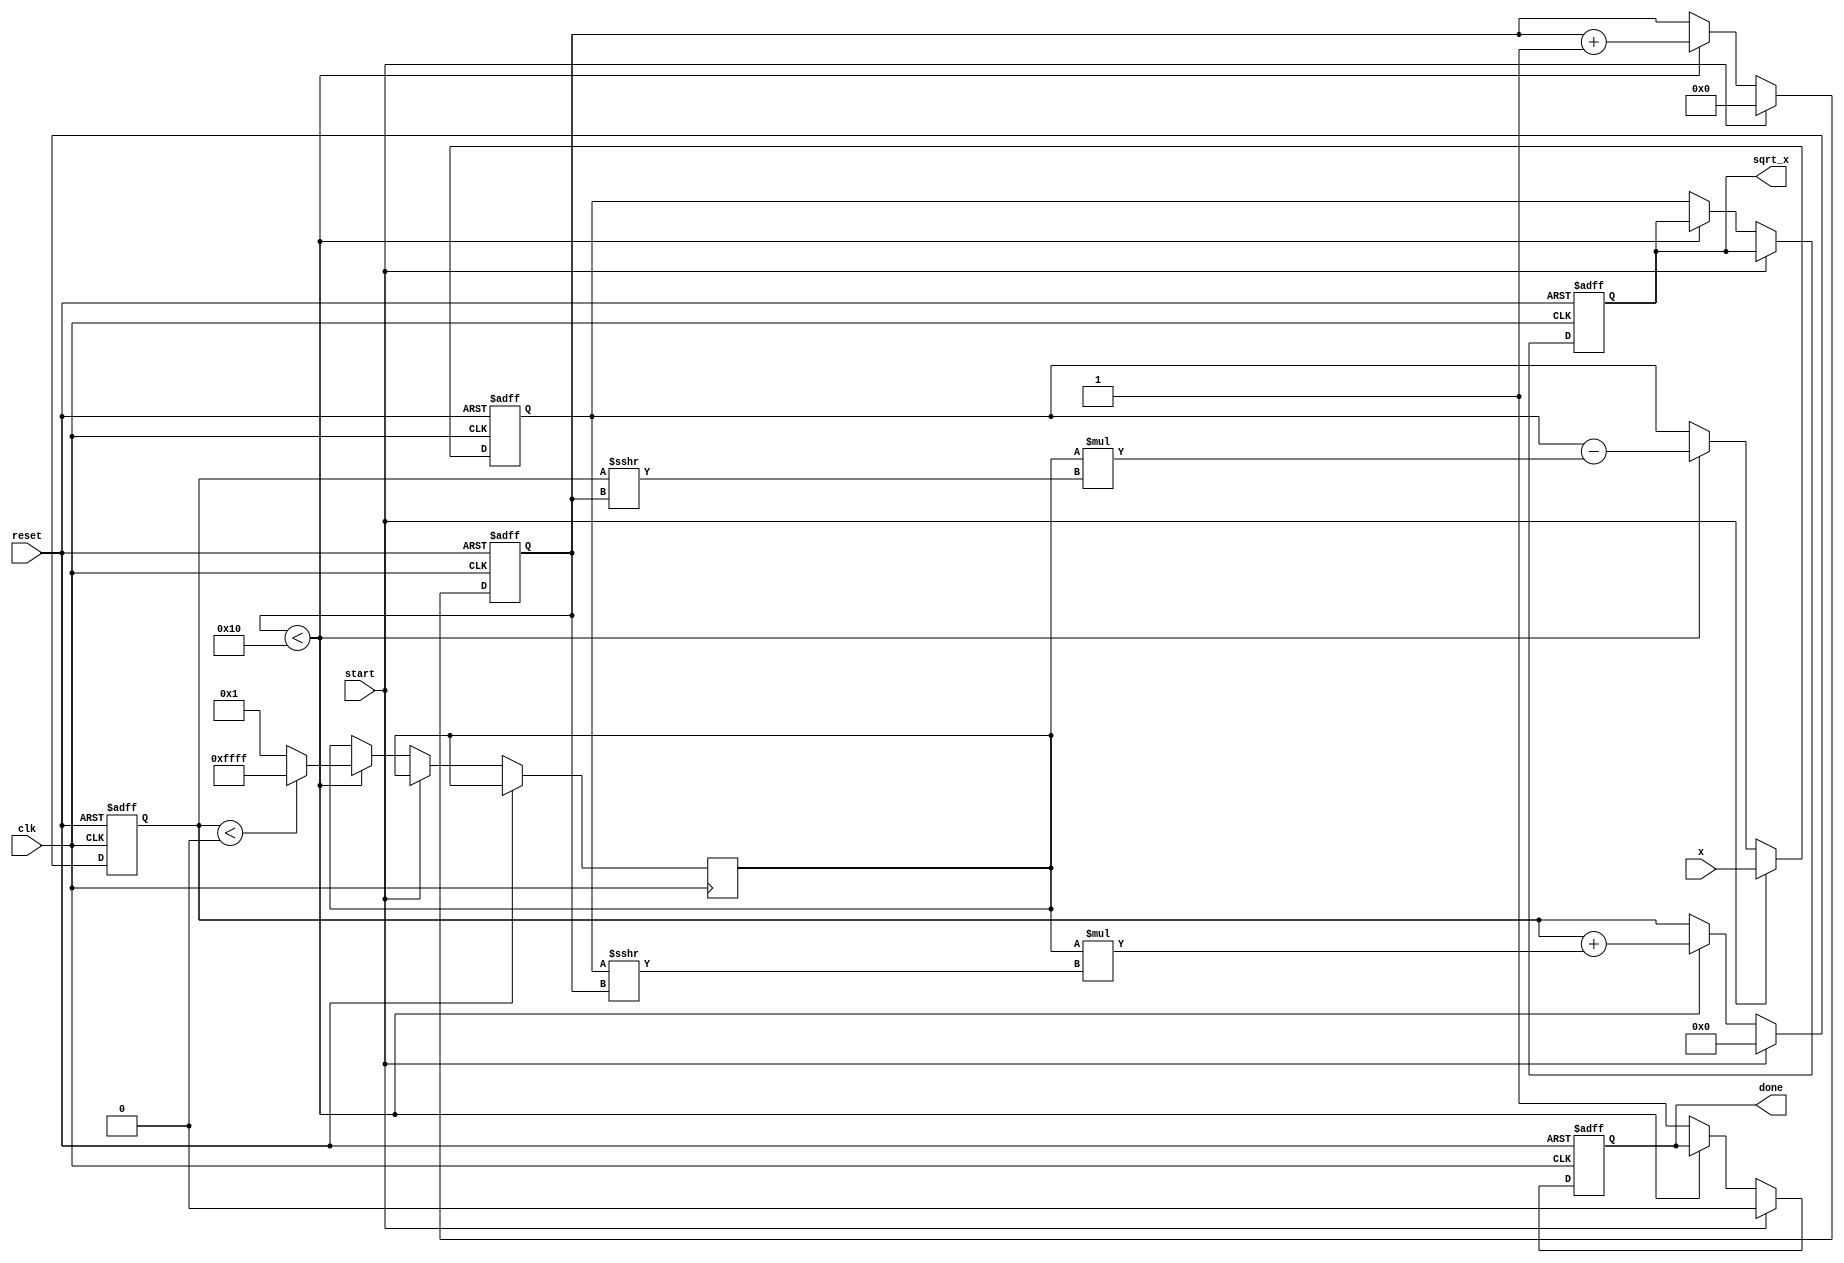
module cordic_sqrt (
    input wire clk,
    input wire reset,
    input wire start,
    input wire [15:0] x,      // Input value (non-negative)
    output reg [15:0] sqrt_x, // Output square root
    output reg done           // Done signal
);

    parameter NUM_ITERATIONS = 16; // Number of iterations for precision
    reg [15:0] X, Y, Z; // CORDIC variables
    reg [3:0] iteration; // Iteration counter
    reg [15:0] angle [0:NUM_ITERATIONS-1]; // Predefined angles for CORDIC
    reg [15:0] d; // Direction of rotation

    // Initialize angles (arctangent values for CORDIC)
    initial begin
        angle[0] = 16'h1C71; // atan(2^0) in fixed-point
        angle[1] = 16'h1B71; // atan(2^-1)
        angle[2] = 16'h1A5B; // atan(2^-2)
        angle[3] = 16'h19B7; // atan(2^-3)
        angle[4] = 16'h18F5; // atan(2^-4)
        angle[5] = 16'h1883; // atan(2^-5)
        angle[6] = 16'h1802; // atan(2^-6)
        angle[7] = 16'h1780; // atan(2^-7)
        angle[8] = 16'h16F0; // atan(2^-8)
        angle[9] = 16'h1660; // atan(2^-9)
        angle[10] = 16'h15D0; // atan(2^-10)
        angle[11] = 16'h153F; // atan(2^-11)
        angle[12] = 16'h149F; // atan(2^-12)
        angle[13] = 16'h1400; // atan(2^-13)
        angle[14] = 16'h1360; // atan(2^-14)
        angle[15] = 16'h12C0; // atan(2^-15)
    end

    // State machine for CORDIC operation
    always @(posedge clk or posedge reset) begin
        if (reset) begin
            sqrt_x <= 0;
            done <= 0;
            iteration <= 0;
            X <= 0;
            Y <= 0;
            Z <= 0;
        end else if (start) begin
            // Initialize variables
            X <= x; // Input value
            Y <= 0; // Initial Y
            Z <= x; // Initialize Z
            iteration <= 0;
            done <= 0;
        end else if (iteration < NUM_ITERATIONS) begin
            // Determine direction of rotation
            if (Y < 0) begin
                d <= -1; // Rotate clockwise
            end else begin
                d <= 1; // Rotate counter-clockwise
            end

            // CORDIC update equations
            X <= X - (d * (Y >>> iteration)); // X_new
            Y <= Y + (d * (X >>> iteration)); // Y_new
            Z <= Z - (d * angle[iteration]); // Update Z

            // Increment iteration counter
            iteration <= iteration + 1;
        end else begin
            // Operation done
            sqrt_x <= X; // Output the computed square root
            done <= 1; // Signal completion
        end
    end
endmodule